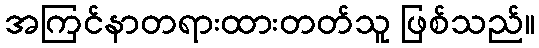
အကြင်နာတရားထားတတ်သူ ဖြစ်သည်။